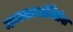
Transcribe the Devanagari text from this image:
मामकानांनितंबः